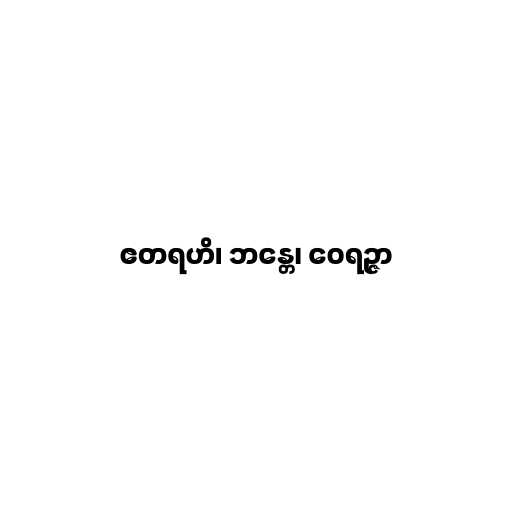
ဧတရဟိ၊ ဘန္တေ၊ ဝေရဉ္ဇာ